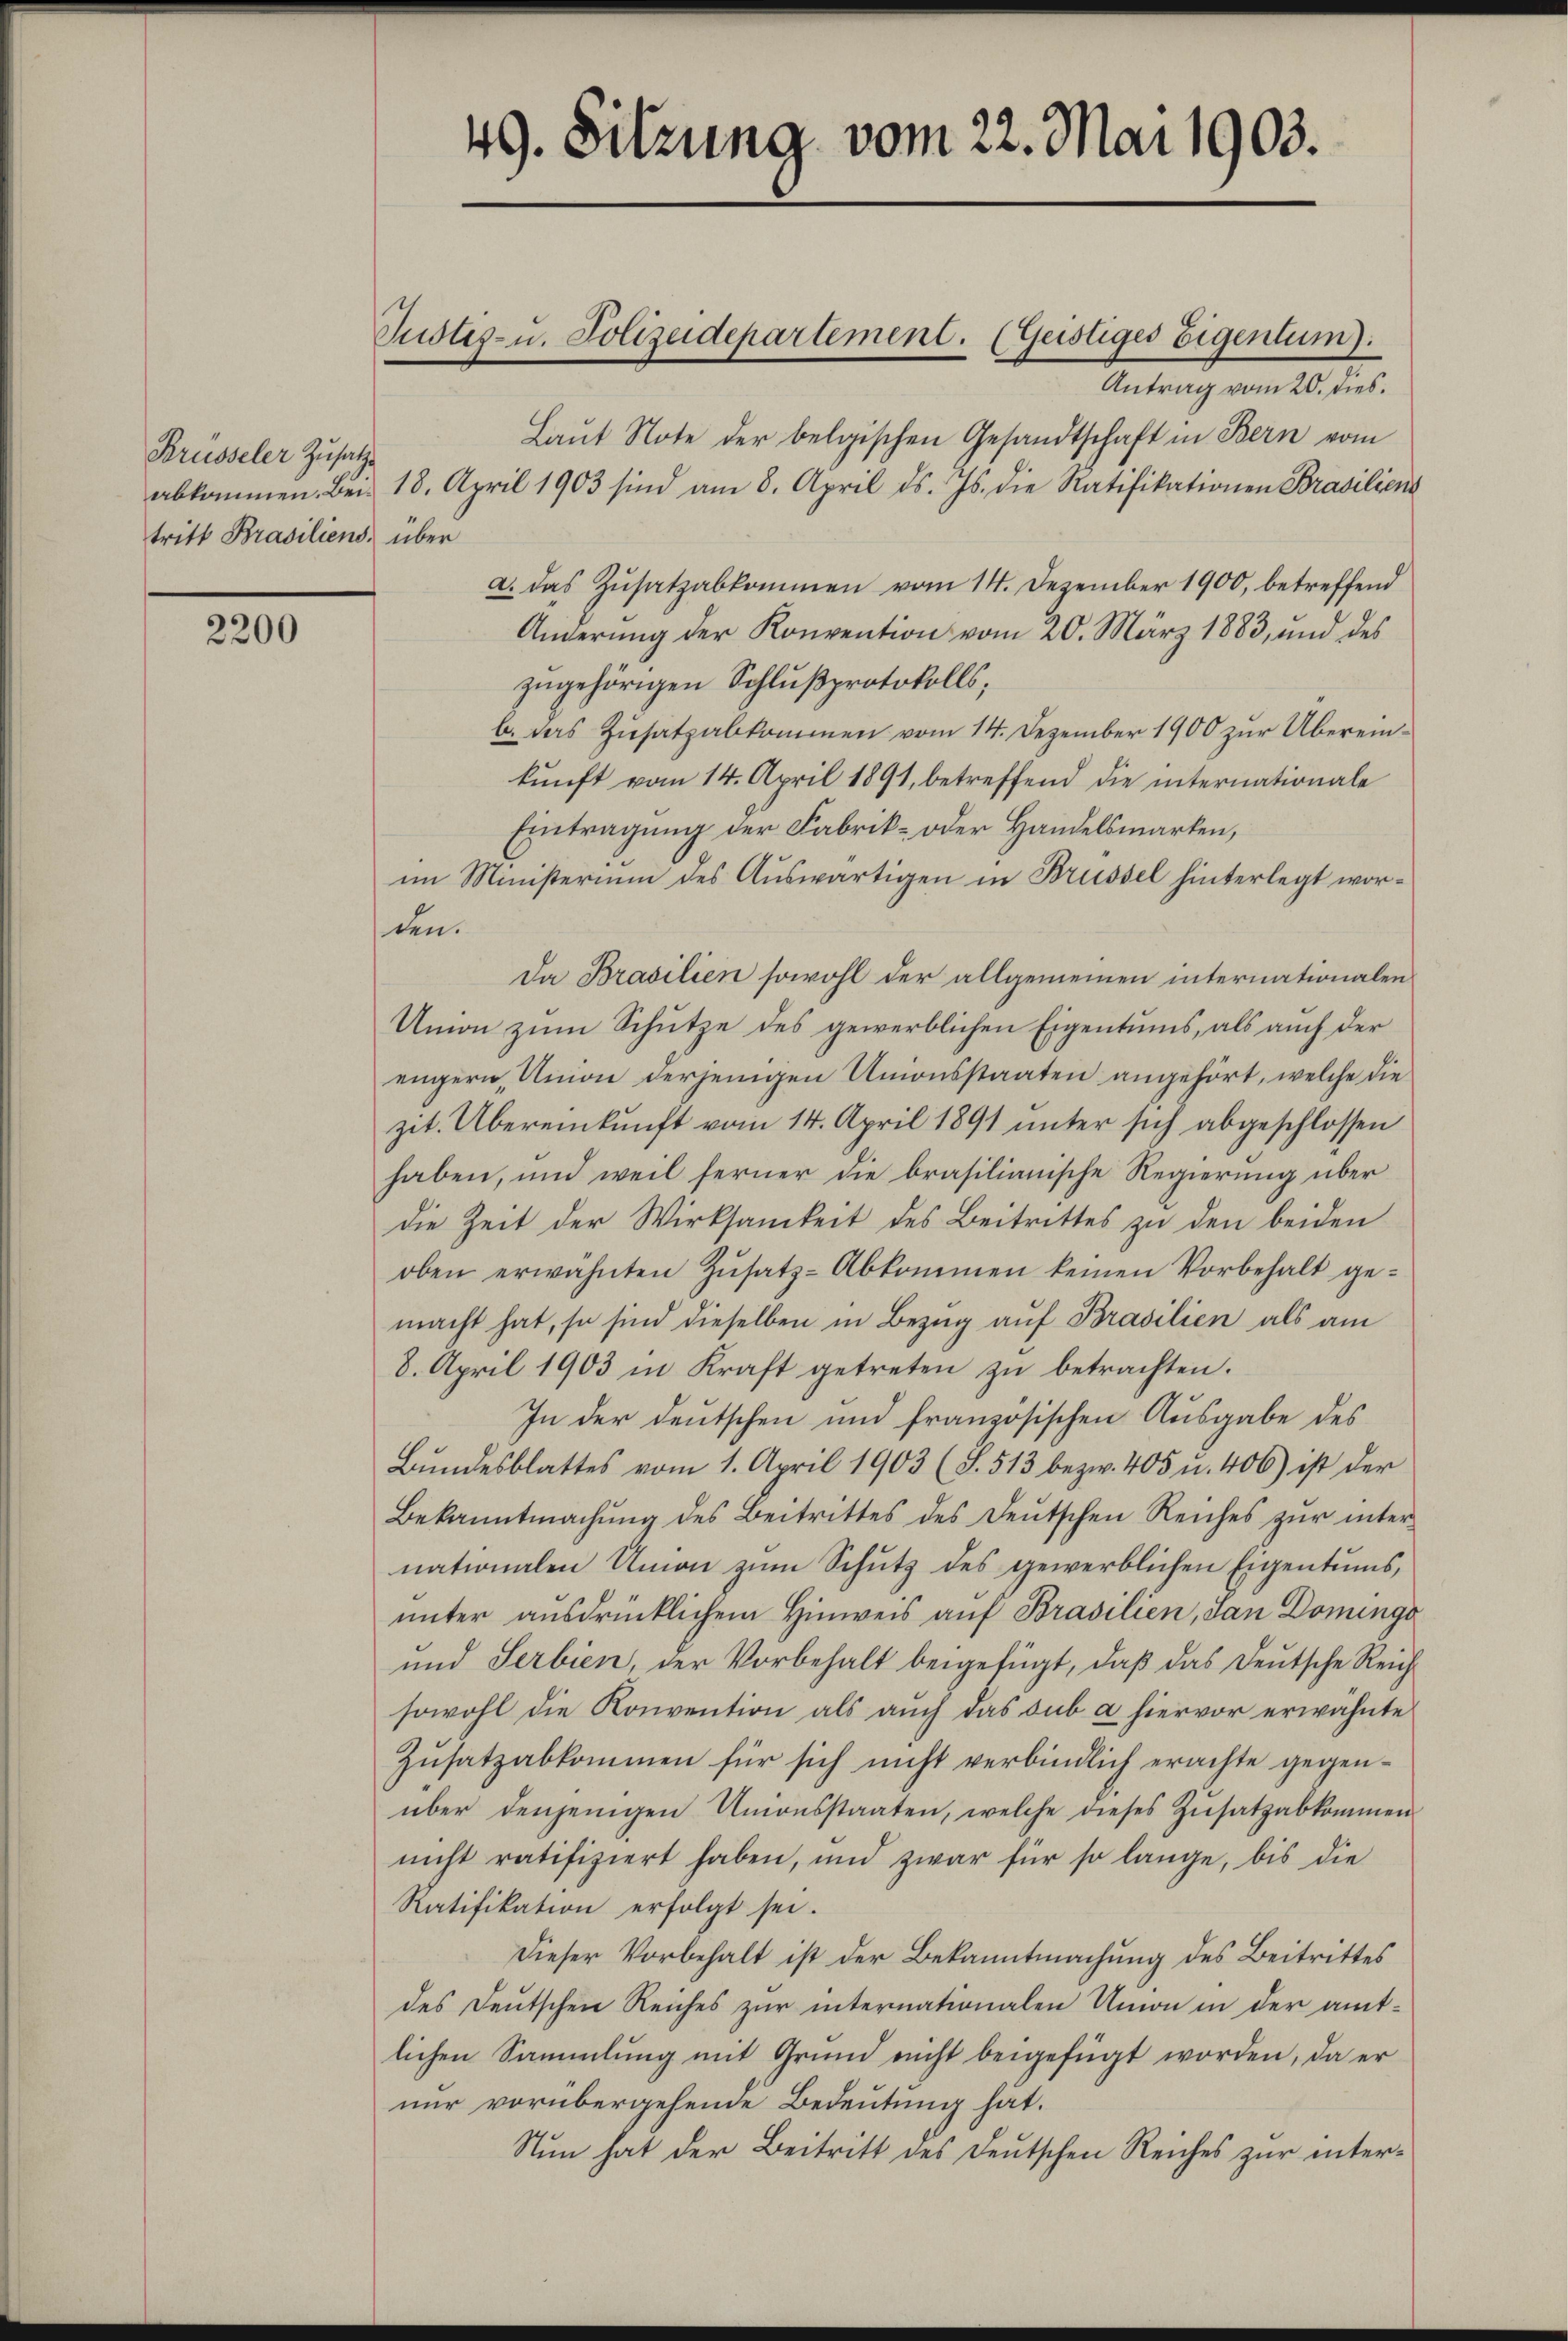
2200

Brüsseler Zusatze
tritt Brasiliens, über

Antrag vom 20. dies.
Laŭt Note der belgischen Gesandtschaft in Bern vom
abkommen. Bei 18. April 1903 sind am 8. April d. Js. die Ratifikationen Brasiliens
a. Das Zusatzabkommen vom 14. Dezember 1900, betreffend
Änderung der Konvention vom 20. März 1883, und des
zugehörigen Schlußprotokolls,
b. Das Zusatzabkommen vom 14. Dezember 1900 zur Übereinkunft vom 14. April 1891, betreffend die internationale
Eintragung der Fabrik- oder Handelsmarken,
im Ministerium des Auswärtigen in Brüssel hinterlegt worden.
Da Brasilien sowohl der allgemeinen internationalen
Union zum Schutze des gewerblichen Eigentums, als auch der
engern, Union derjenigen Unionsstaaten angehört, welche die
zit. Übereinkunft vom 14. April 1891 unter sich abgeschlossen
haben, und weil ferner die brasilianische Regierung über
die Zeit der Wirksamkeit des Beitrittes zu den beiden
oben erwähnten Zŭsatz-Abkommen keinen Vorbehalt ge-
macht hat, so sind dieselben in Bezug auf Brasilien als am
8. April 1903 in Kraft getreten zŭ betrachten.
In der deutschen und französischen Ausgabe des
Bŭndesblattes vom 1. April 1903 (S. 513 bezw. 405 u. 406) ist der
Bekanntmachŭng des Beitrittes des Deutschen Reiches zŭr inter
nationalen Union zum Schutz des gewerblichen Eigentums,
unter ausdrücklichem Hinweis auf Brasilien, San Dominga
und Serbien, der Vorbehalt beigefügt, daβ das Deutsche Reich
sowohl die Konvention als auch das sub a hiervor erwähnte
Zusatzabkommen für sich nicht verbindlich erachte gegenüber denjenigen Unionsstaaten, welche dieses Zŭsatzabkommen
nicht ratifiziert haben, und zwar für so lange, bis die
Ratifikation erfolgt sei.
Dieser Vorbehalt ist der Bekanntmachung des Beitrittes
des Deutschen Reiches zur internationalen Union in der amtlichen Sammlung mit Grund nicht beigefügt worden, da er
nur vorübergehende Bedeutung hat.
Nun hat der Beitritt des Deutschen Reiches zur inter¬

49. Sitzung vom 22. Mai 1903.

Justiz- u. Polizeidepartement. (Geistiges Eigentum).